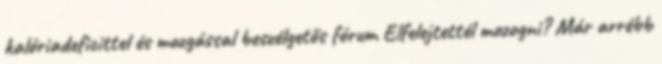
kalóriadeficittel és mozgással beszélgetős fórum Elfelejtettél mozogni? Már arrébb